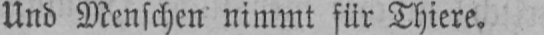
Und Menschen nimmt für Thiere.